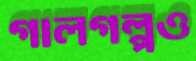
গালগল্পও